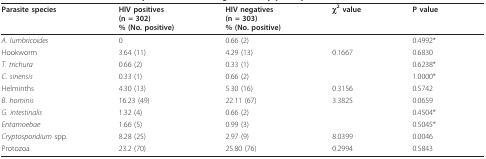
<table><thead><tr><td><b>Parasite species</b></td><td><b>HIV positives (n = 302)% (No. positive)</b></td><td><b>HIV negatives (n = 303)% (No. positive)</b></td><td><b>χ<sup>2 </sup>value</b></td><td><b>P value</b></td></tr></thead><tbody><tr><td><i>A. lumbricoides</i></td><td>0</td><td>0.66 (2)</td><td></td><td>0.4992*</td></tr><tr><td>Hookworm</td><td>3.64 (11)</td><td>4.29 (13)</td><td>0.1667</td><td>0.6830</td></tr><tr><td><i>T. trichura</i></td><td>0.66 (2)</td><td>0.33 (1)</td><td></td><td>0.6238*</td></tr><tr><td><i>C. sinensis</i></td><td>0.33 (1)</td><td>0.66 (2)</td><td></td><td>1.0000*</td></tr><tr><td>Helminths</td><td>4.30 (13)</td><td>5.30 (16)</td><td>0.3156</td><td>0.5742</td></tr><tr><td><i>B. hominis</i></td><td>16.23 (49)</td><td>22.11 (67)</td><td>3.3825</td><td>0.0659</td></tr><tr><td><i>G. intestinalis</i></td><td>1.32 (4)</td><td>0.66 (2)</td><td></td><td>0.4504*</td></tr><tr><td><i>Entamoebae</i></td><td>1.66 (5)</td><td>0.99 (3)</td><td></td><td>0.5045*</td></tr><tr><td><i>Cryptosporidium </i>spp.</td><td>8.28 (25)</td><td>2.97 (9)</td><td>8.0399</td><td>0.0046</td></tr><tr><td>Protozoa</td><td>23.2 (70)</td><td>25.80 (76)</td><td>0.2994</td><td>0.5843</td></tr></tbody></table>